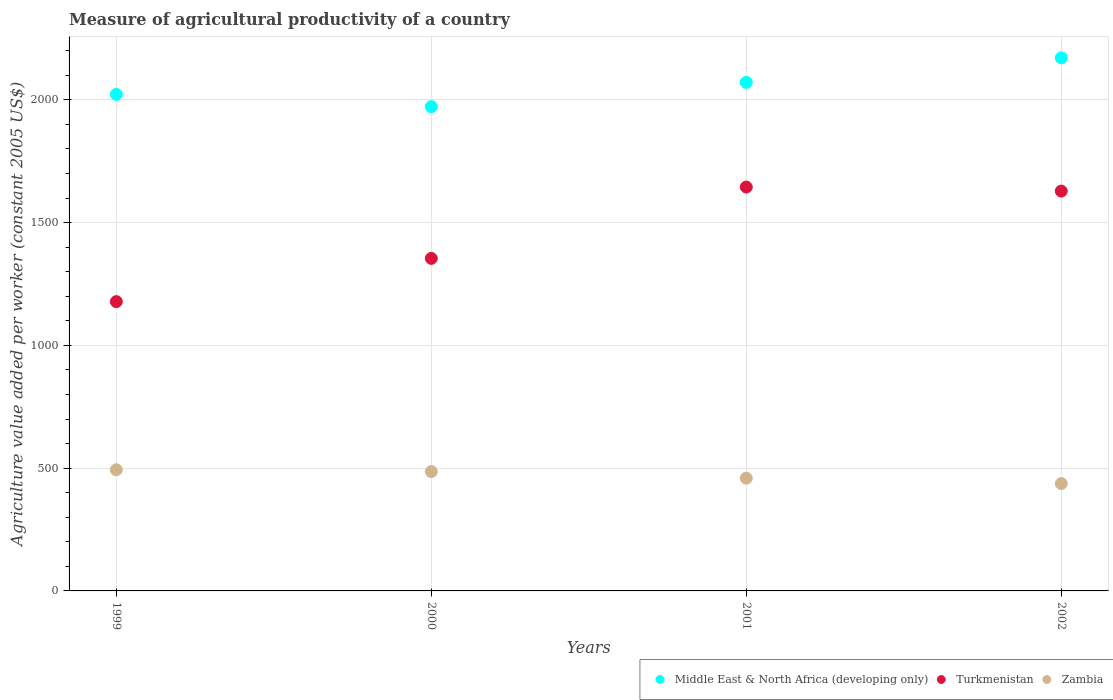
| Years | Middle East & North Africa (developing only) | Turkmenistan | Zambia |
 | --- | --- | --- | --- |
 | 1999 | 2.02e+03 | 1.18e+03 | 493 |
 | 2000 | 1.97e+03 | 1.35e+03 | 486 |
 | 2001 | 2.07e+03 | 1.64e+03 | 459 |
 | 2002 | 2.17e+03 | 1.63e+03 | 437 |